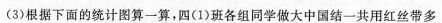
(3)根据下面的统计图算一算，四(1)班各组同学做大中国结一共用红丝带多